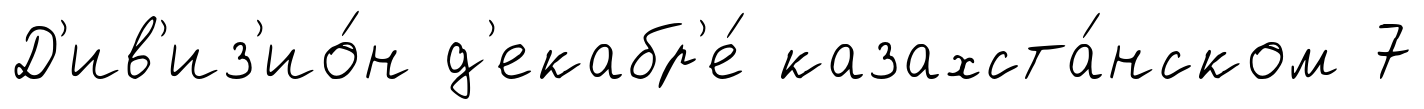
Д'ив'из'ио́н д'екабр'е́ казахста́нском 7